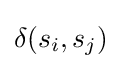
\delta (s_{i},s_{j})